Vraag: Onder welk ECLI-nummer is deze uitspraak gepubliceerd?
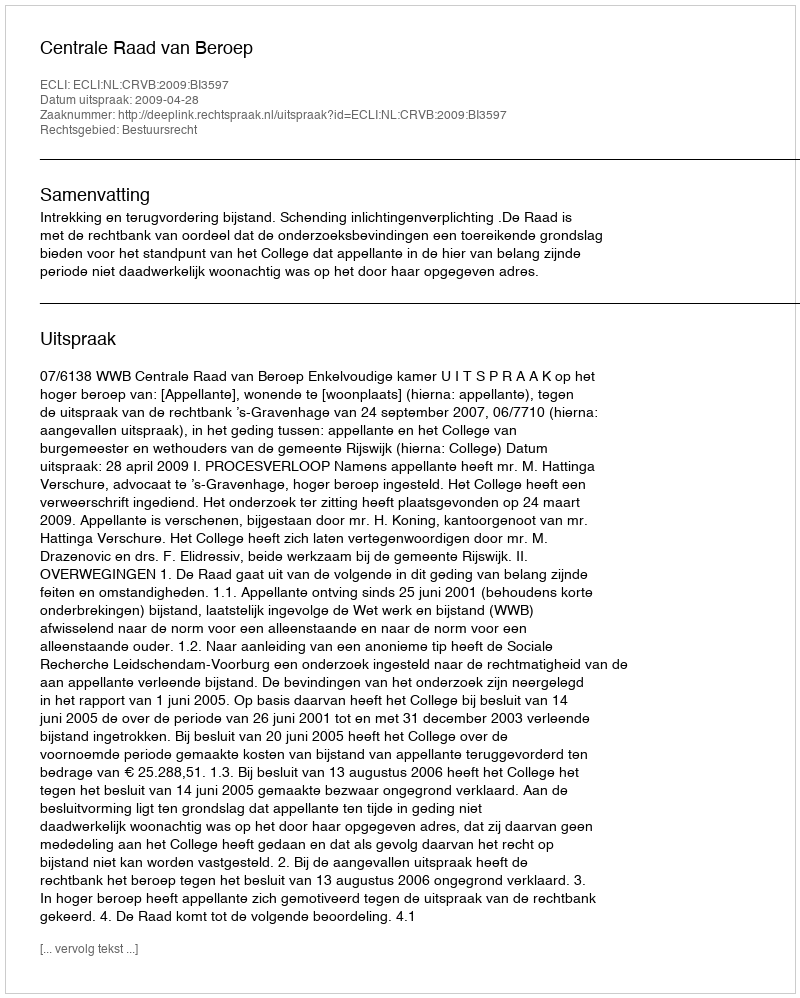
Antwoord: ECLI:NL:CRVB:2009:BI3597